Laimjala_vallavalitsus, lk 11
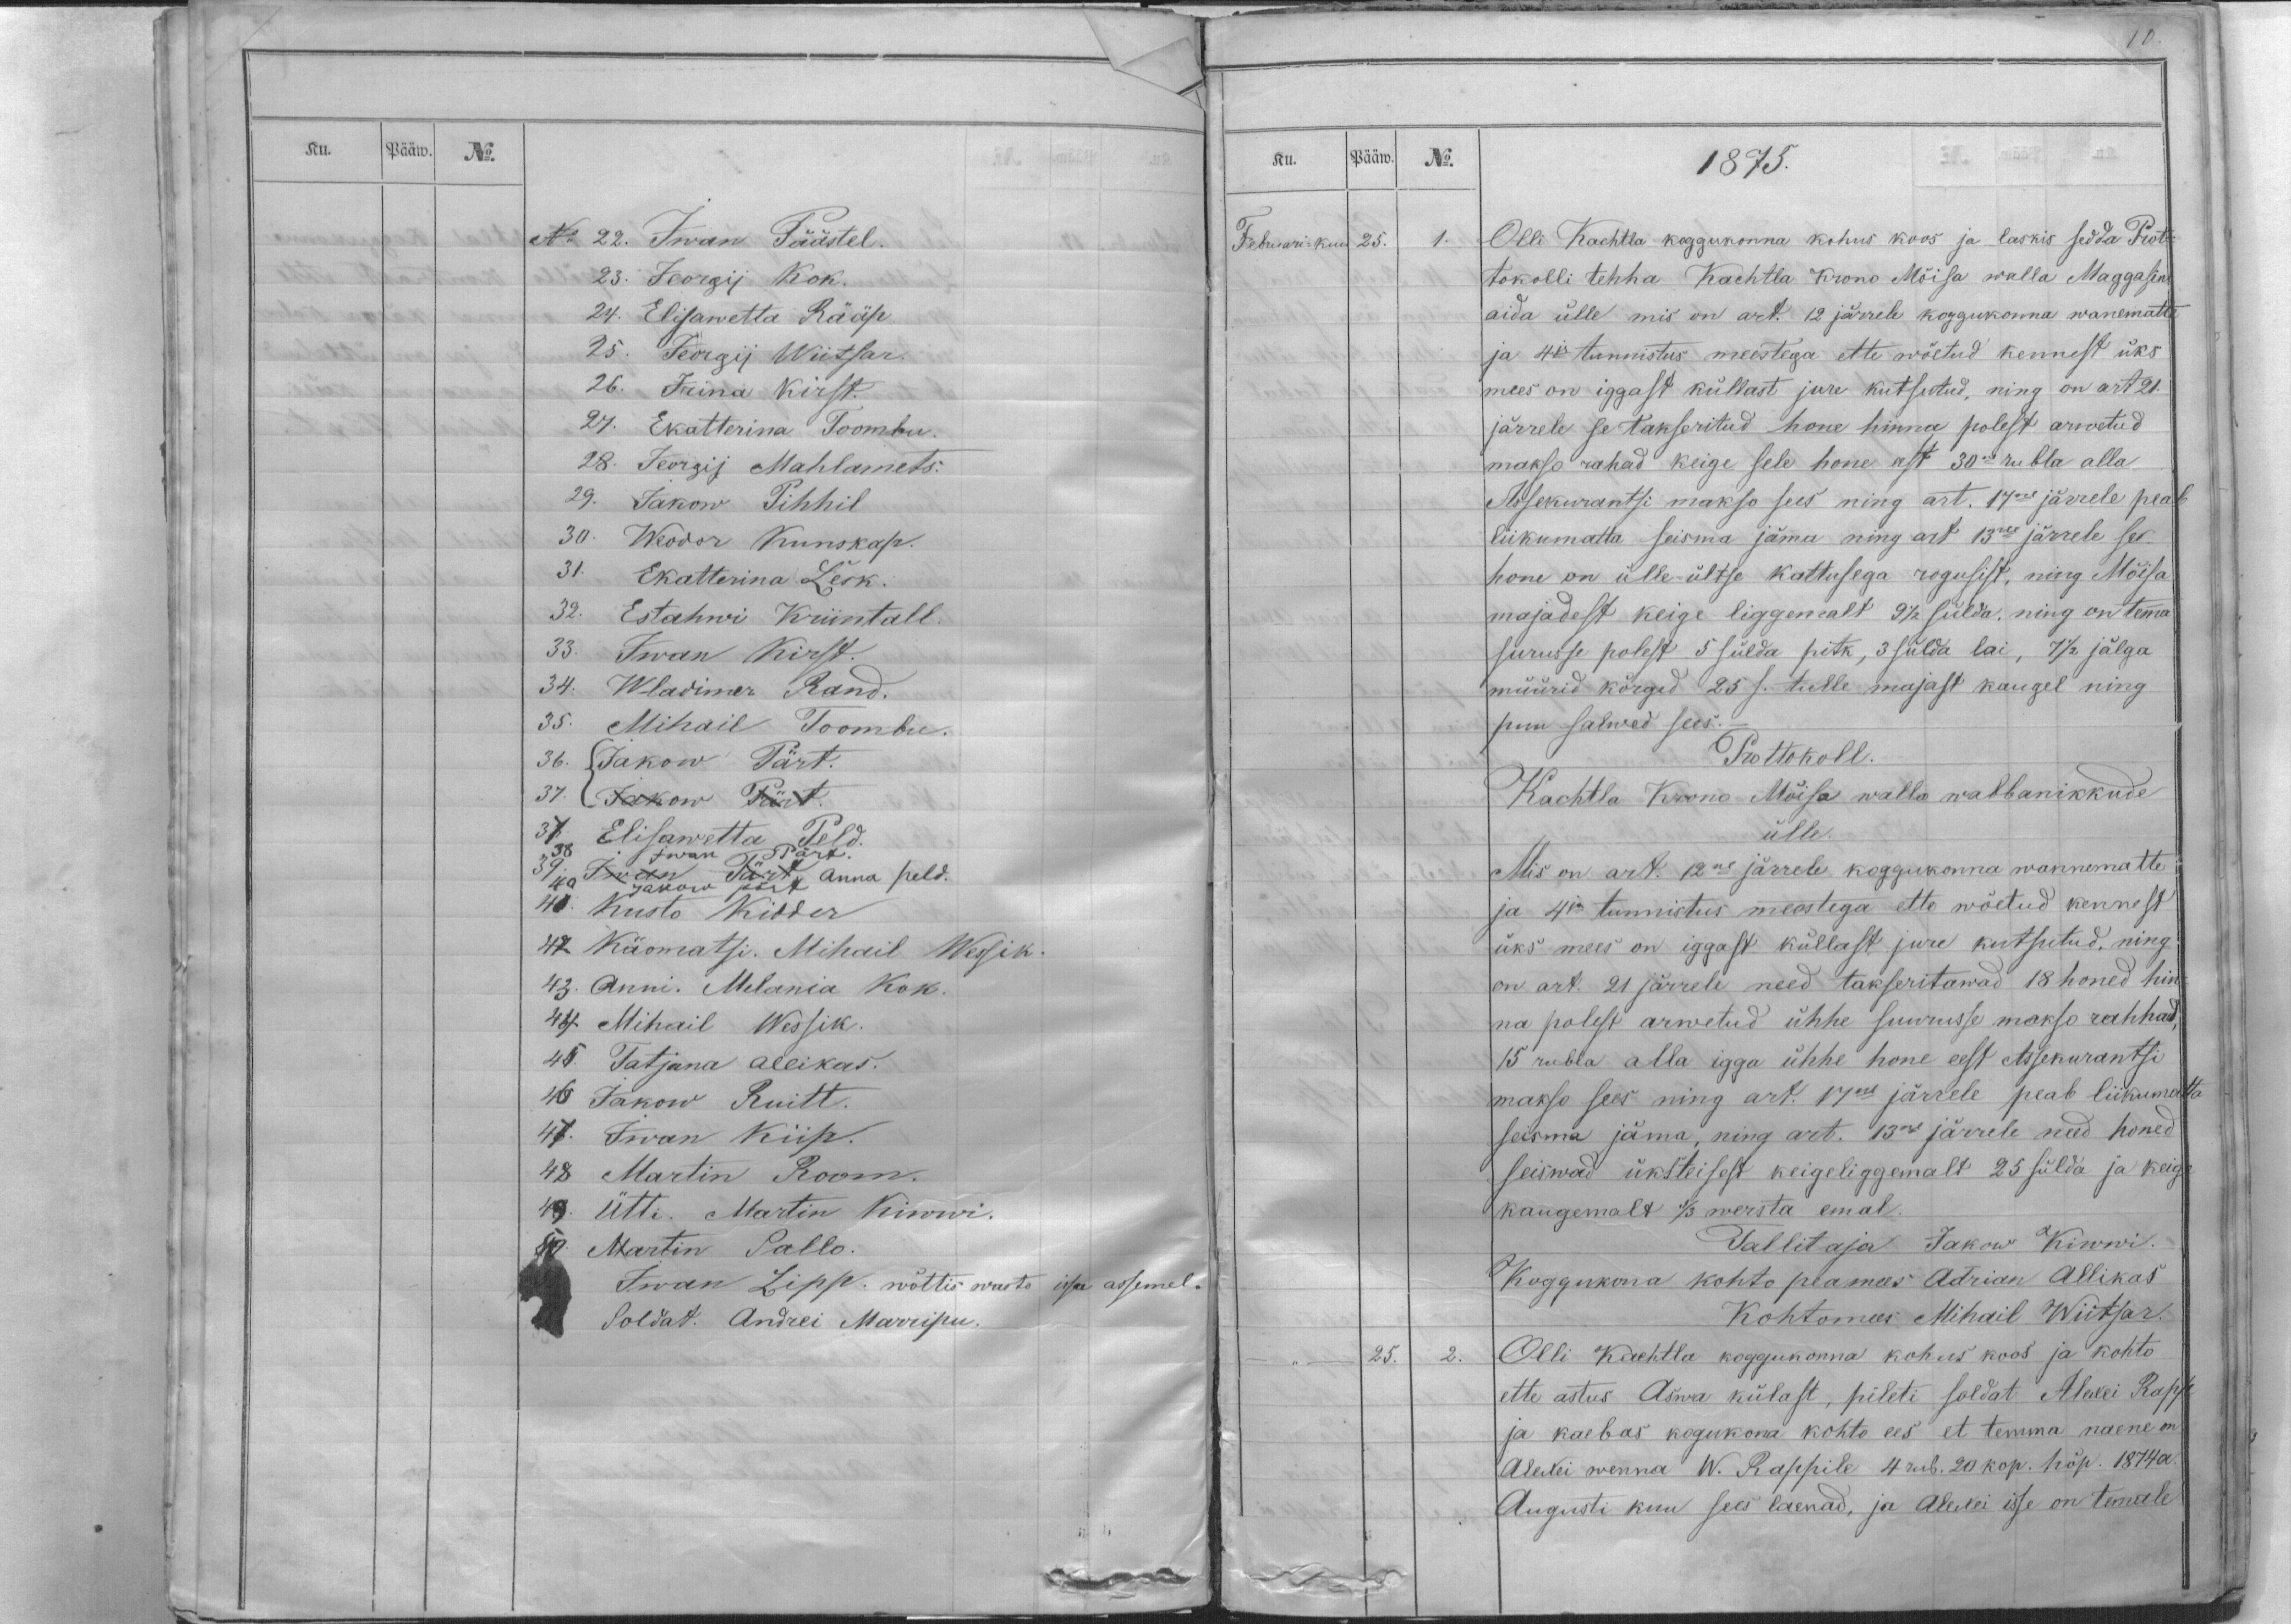
Ku.
Pääw.
No.

No 22. Iwan Päästel.
23. Jeorgij Kok.
24. Elisawetta Rääp.
25. Jeorgij Wiitsar.
26. Irina Kirst.
27. Ekatterina Toombu.
28. Jeorgij Mahlamets.
29. Jakow Pihhil
30. Weodor Kunskap.
31. Ekatterina Lesk.
32. Estahwi Kriintall.
33. Iwan Kirst.
34. Wladimer Rand.
35. Mihail Toombu.
36.{  Jakow Pärt.
37.{  Jakow Pärt.
37. Elisawetta  Peld.
38. Iwan Pärt.
39. Iwan Pärt, Anna peld.
40. Jakow pärt
41. Kusto Kidder
42. Käomatsi. Mihail Wessik.
43. Anni. Melania Kok.
44. Mihail Wessik.
45. Tatjana Allikas.
46 Jakow Ruitt.
47. Iwan Kiip.
48 Martin Room.
49. Ütti. Martin Kiwwi.
50. Martin Pallo.
Iwan Lipp. wõttis wasto issa assemel.
Soldat. Andrei Marripu

10.
Ku.
Pääw.
No.
1875.
Februari-kuu 25.
1.
Olli Kachtla koggukonna kohus koos ja laskis sedda Prot-
tokolli tehha Kachtla Krono Mõisa walla Maggasini
aida ülle mis on art. 12 järrele koggukonna wanematte
ja 4ja tunnistus meestega ette wõetud kennest üks
mees on iggast küllast jure kutsutud, ning on art 21.
järrele se takseritud hone hinna polest arwetud
makso rahad keige sele hone eest 30ne rubla alla
Assekurantsi makso sees ning art. 17ne järrele peab
liikumatta seisma jäma ning art 13ne järrele see
hone on ülle-ültse kattusega rogusist, ning Mõisa
majadest keige liggemalt 9 1/2 sülda ning on temma
surusse polest 5 sülda pitk, 3 sülda lai, 7 1/2 jälga
müürid kõrged 25 s. tulle majast kaugel ning
puu salwed sees.
Protokoll.
Kachtla Krono Mõisa walla wabbanikkude
ülle.
Mis on art. 12ne järrele koggukonna wannematte
ja 4ja tunnistus meestega ette wõetud kennest
üks mees on iggast küllast jure kutsutud, ning
on art. 21 järrele need takseritawad 18 honed hin-
na polest arwetud ühhe suurusse makso rahhad,
15 rubla alla igga ühhe hone eest Assekurantsi
makso sees ning art. 17ne järrele peab liikumatta
seisma jäma, ning art. 13ne järrele need honed
seiswad üksteisest keige liggemalt 25 sülda ja keige
kaugemalt 1/3 wersta emal.
Tallitaja Jakow Kiwwi.
Koggukona kohto peamees Adrian Allikas
Kohtomees Mihail Wiitsar.
_ ,, _
25.
2.
Olli Kachtla koggukonna kohus koos ja kohto
ette astus Aswa külast, pileti soldat Alexei Rapp
ja kaebas kogukona kohto ees et temma naene on
Alexei wenna W. Rappile 4 rub. 20 kop. hõp. 1874 a.
Augusti kuu sees laenad, ja Alexei isse on temale